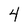
Character: 4